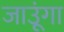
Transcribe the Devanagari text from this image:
जाउूंगा